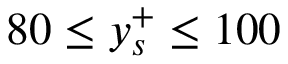
8 0 \leq y _ { s } ^ { + } \leq 1 0 0